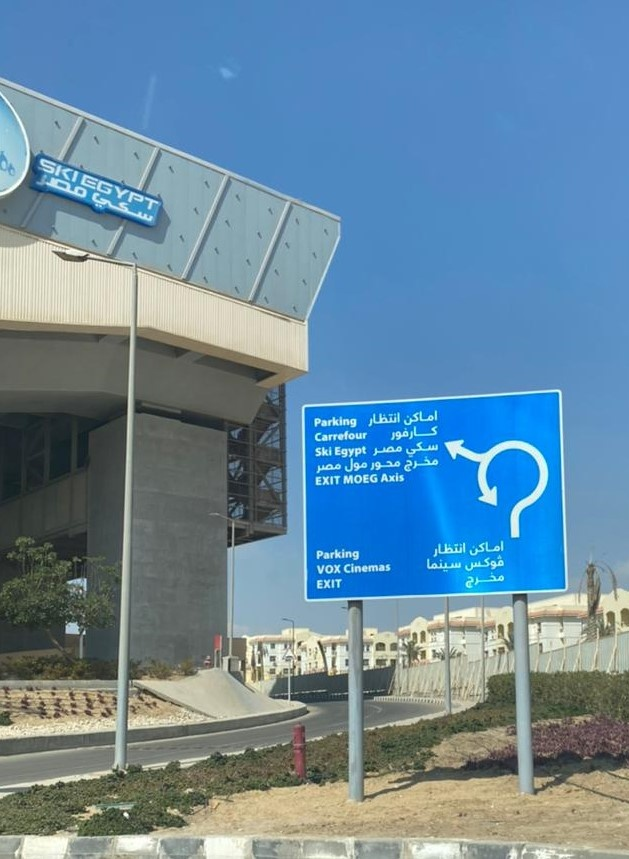
Text in image: مصر سكي اماكن انتظار كارفور سكي مصر مخرج محور مول مصر اماكن انتظار فوكس سينما مخرج SKI EGYPT Parking Carrefour Egypt Ski Axis MOEG EXIT Parking Cinemas VOX EXIT